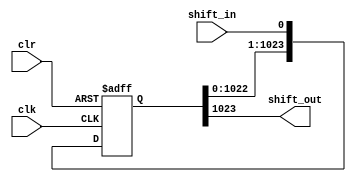
//-----------------------------------------------------//
// Design Name : Shift_reg
// Function    : Shift register
//-----------------------------------------------------//


module shift_reg_1024 #( parameter size = 1023 ) (shift_in, clk, clr, shift_out);

   // Port Declaration
   input   shift_in;
   input   clk;
   input   clr;
   output  shift_out;
   
   reg [ size:0 ] shift; // shift register  
   
    always @ (posedge clk or posedge clr)
     begin
	if (clr)
          shift = 0;	  	
	else 
	  shift = { shift[size-1:0] , shift_in } ;	
     end
   
   assign shift_out = shift[size];   
   
endmodule